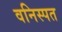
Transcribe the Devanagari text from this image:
वनिस्पत